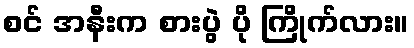
စင် အနီးက စားပွဲ ပို ကြိုက်လား။